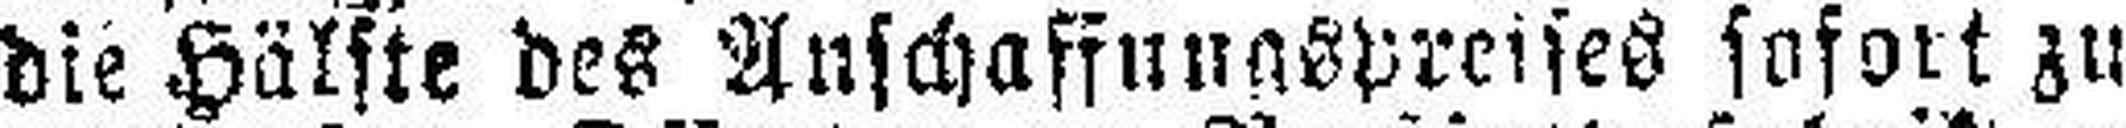
die Hälfte des Anschaffungspreises sofort zu